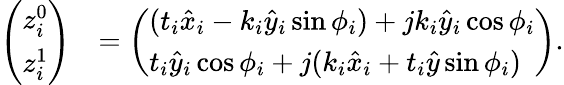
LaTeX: \begin{array}{rl}{\left(\begin{array}{l}{z_{i}^{0}}\\ {z_{i}^{1}}\end{array}\right)}&{=\left(\begin{array}{l}{(t_{i}\hat{x}_{i}-k_{i}\hat{y}_{i}\sin\phi_{i})+jk_{i}\hat{y}_{i}\cos\phi_{i}}\\ {t_{i}\hat{y}_{i}\cos\phi_{i}+j(k_{i}\hat{x}_{i}+t_{i}\hat{y}\sin\phi_{i})}\end{array}\right)}\end{array}.